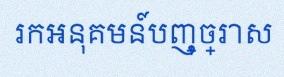
រកអនុគមន៍បញ្ច្រាស